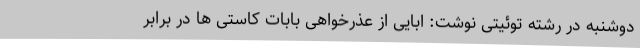
دوشنبه در رشته توئیتی نوشت: ابایی از عذرخواهی بابات کاستی ها در برابر